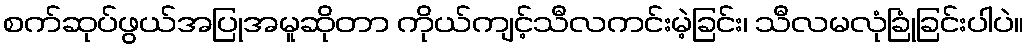
စက်ဆုပ်ဖွယ်အပြုအမူဆိုတာ ကိုယ်ကျင့်သီလကင်းမဲ့ခြင်း၊ သီလမလုံခြုံခြင်းပါပဲ။